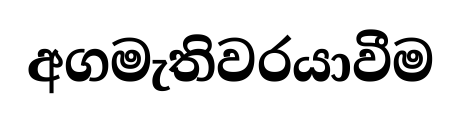
අගමැතිවරයාවීම